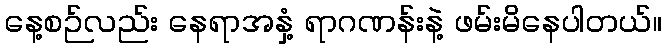
နေ့စဉ်လည်း နေရာအနှံ့ ရာဂဏန်းနဲ့ ဖမ်းမိနေပါတယ်။